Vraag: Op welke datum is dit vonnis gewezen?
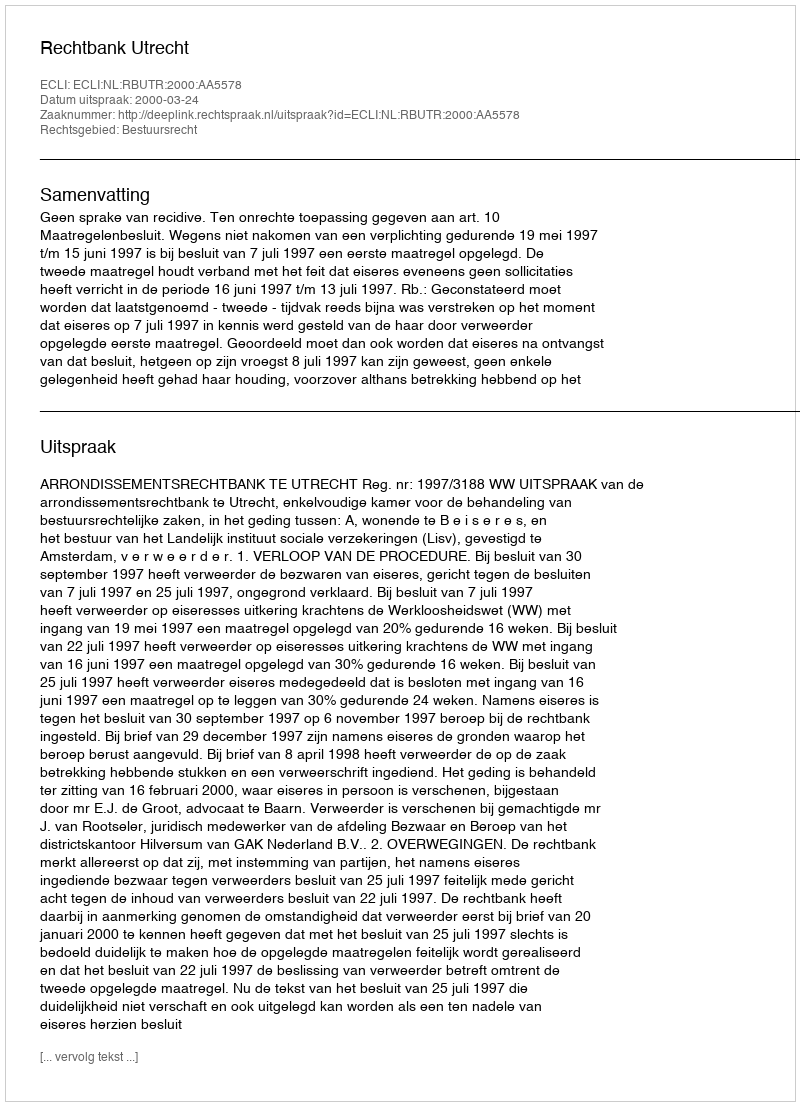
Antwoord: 2000-03-24